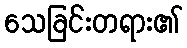
သေခြင်းတရား၏